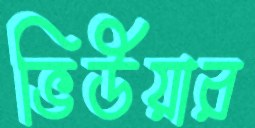
ভিউয়ার